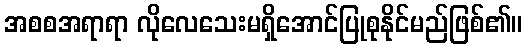
အစစအရာရာ လိုလေသေးမရှိအောင်ပြုစုနိုင်မည်ဖြစ်၏။